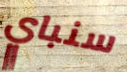
سنباي